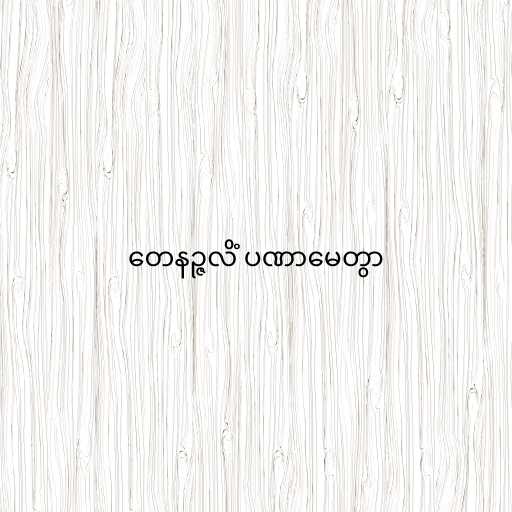
တေနဉ္ဇလိံ ပဏာမေတွာ